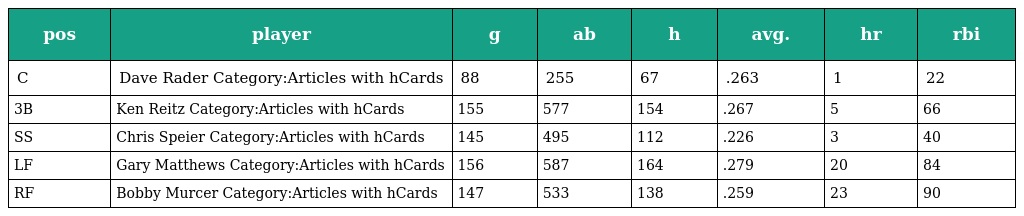
| pos | player | g | ab | h | avg. | hr | rbi |
 | --- | --- | --- | --- | --- | --- | --- | --- |
 | C | Dave Rader Category:Articles with hCards | 88 | 255 | 67 | .263 | 1 | 22 |
 | 3B | Ken Reitz Category:Articles with hCards | 155 | 577 | 154 | .267 | 5 | 66 |
 | SS | Chris Speier Category:Articles with hCards | 145 | 495 | 112 | .226 | 3 | 40 |
 | LF | Gary Matthews Category:Articles with hCards | 156 | 587 | 164 | .279 | 20 | 84 |
 | RF | Bobby Murcer Category:Articles with hCards | 147 | 533 | 138 | .259 | 23 | 90 |